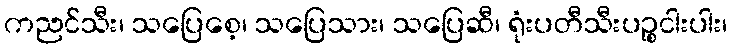
ကညင်သီး၊ သပြေစေ့၊ သပြေသား၊ သပြေဆီ၊ ရုံးပတီသီးပဉ္စငါးပါး၊